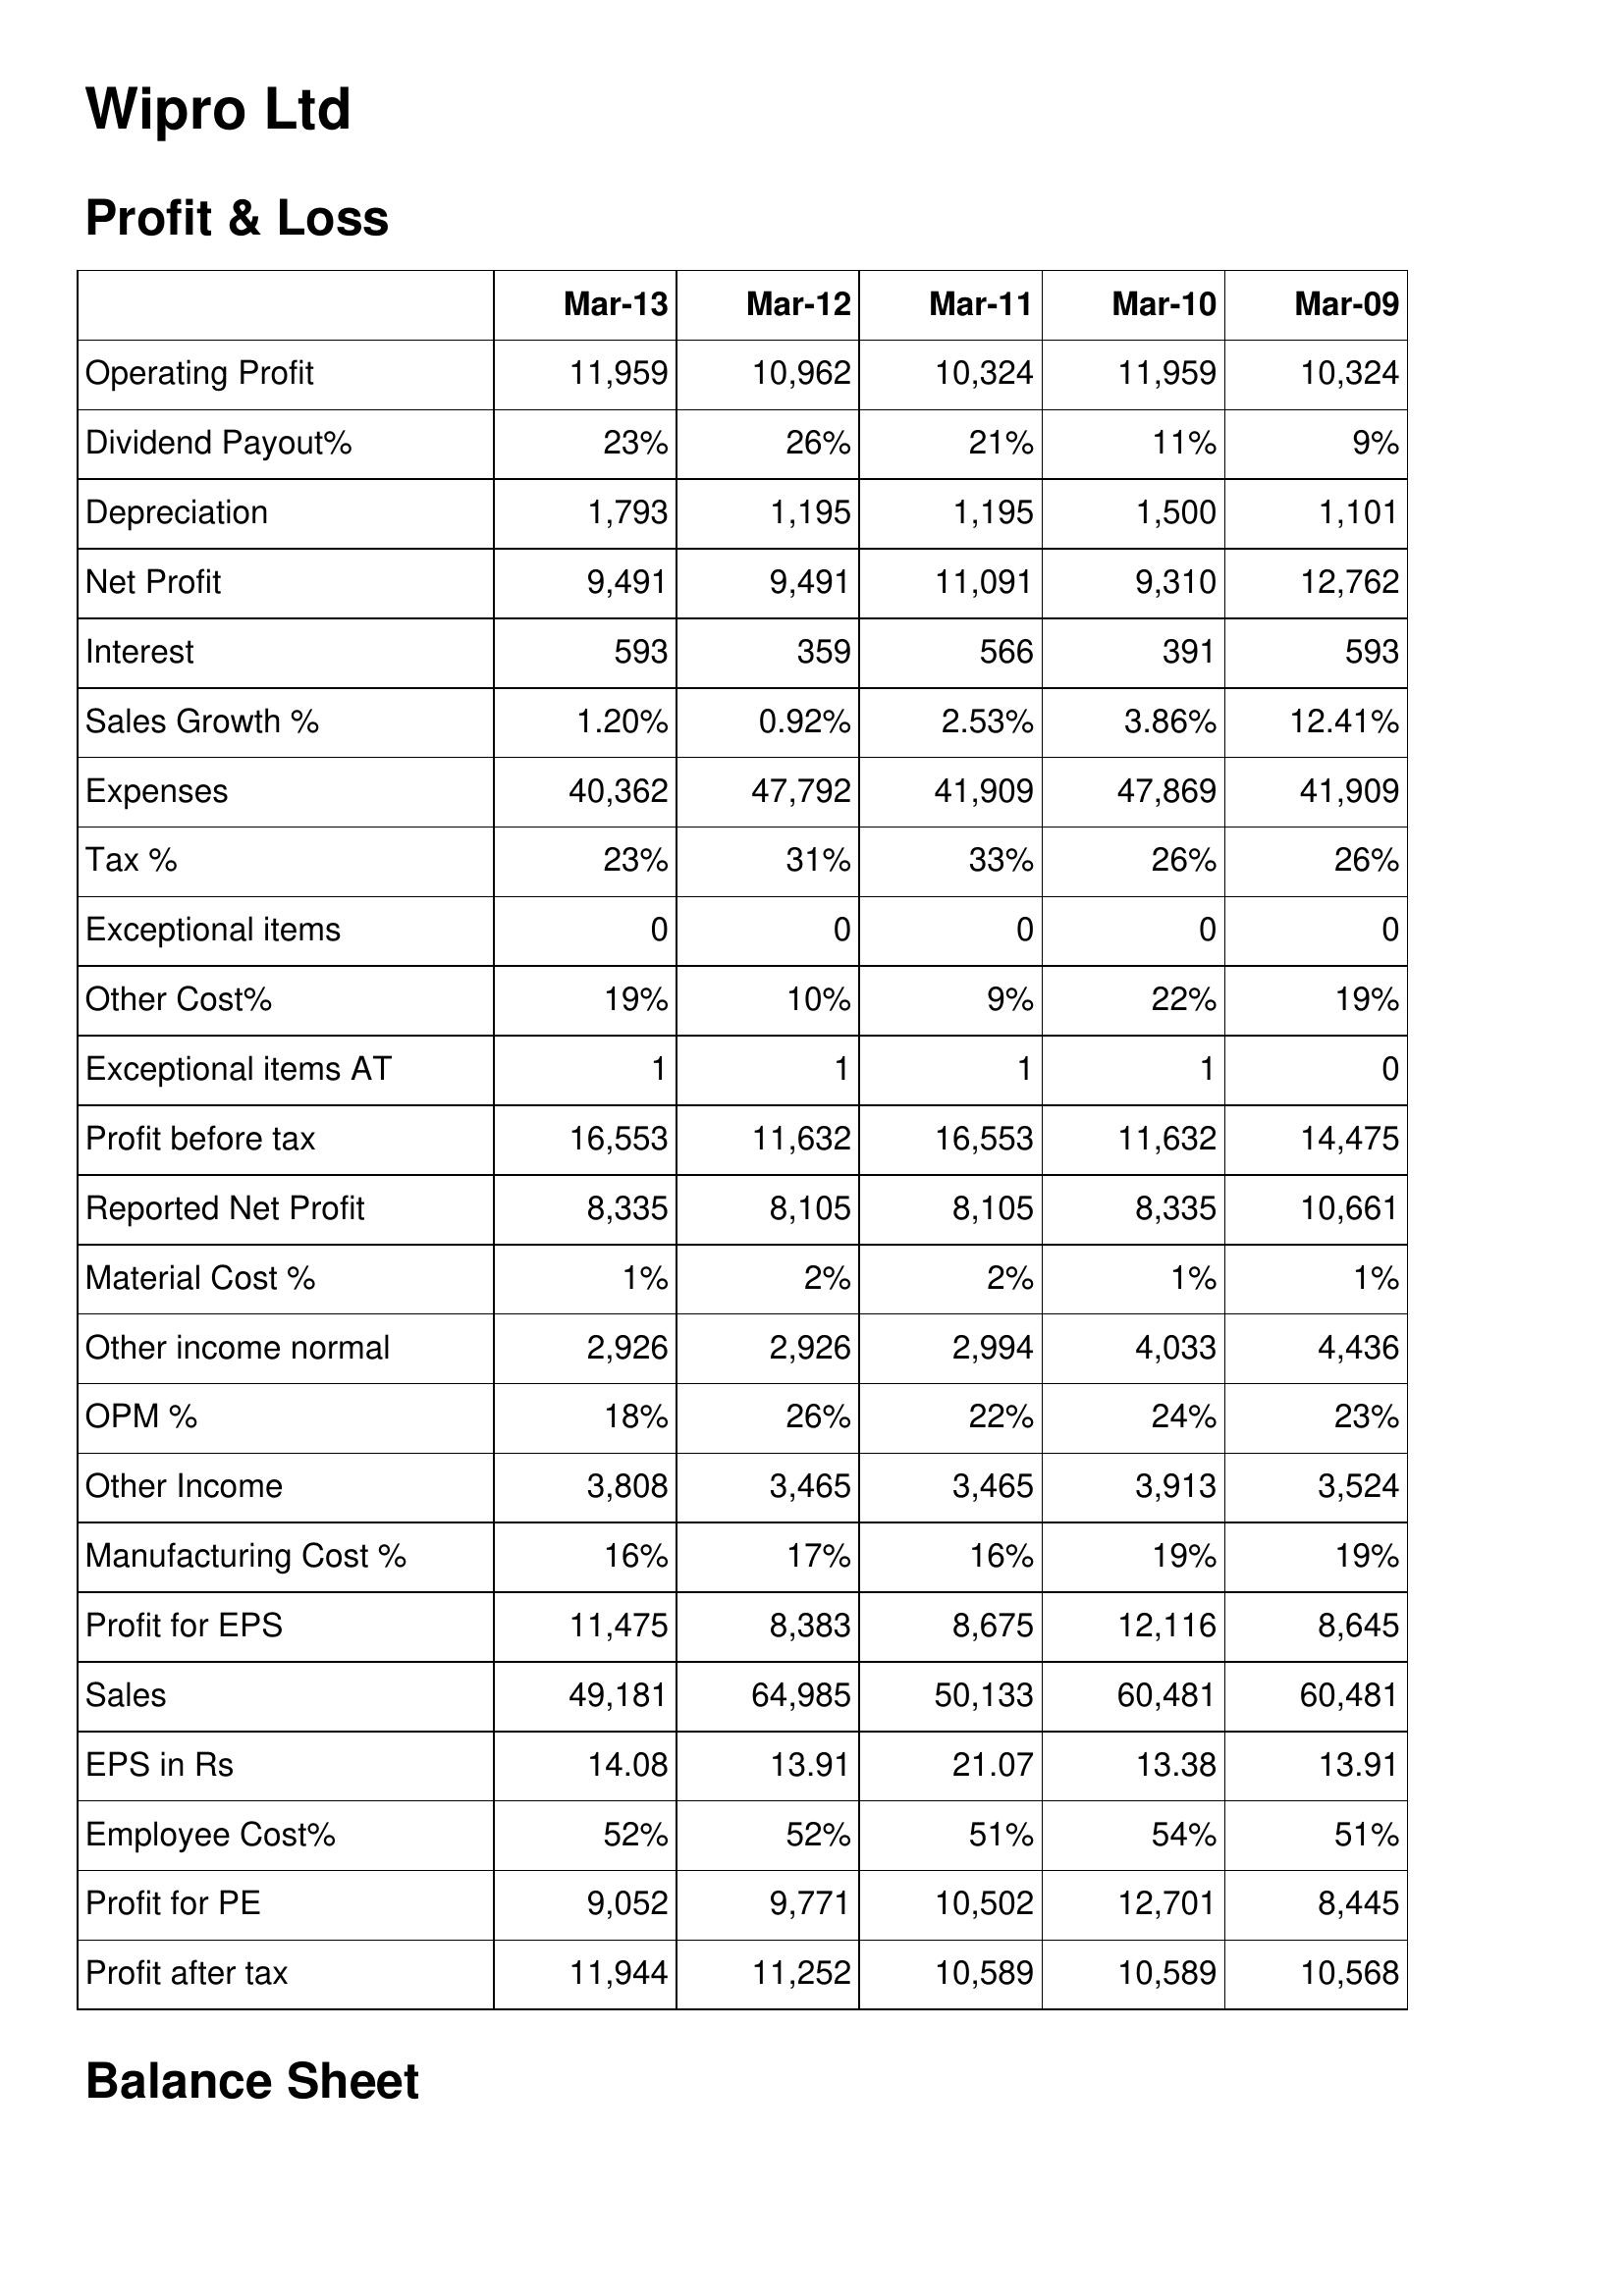
Mar-13: Profit & Loss: Operating Profit: 11,959
Dividend Payout%: 23%
Depreciation: 1,793
Net Profit: 9,491
Interest: 593
Sales Growth %: 1.20%
Expenses: 40,362
Tax %: 23%
Exceptional items: 0
Other Cost%: 19%
Exceptional items AT: 1
Profit before tax: 16,553
Reported Net Profit: 8,335
Material Cost %: 1%
Other income normal: 2,926
OPM %: 18%
Other Income: 3,808
Manufacturing Cost %: 16%
Profit for EPS: 11,475
Sales: 49,181
EPS in Rs: 14.08
Employee Cost%: 52%
Profit for PE: 9,052
Profit after tax: 11,944
Mar-12: Profit & Loss: Operating Profit: 10,962
Dividend Payout%: 26%
Depreciation: 1,195
Net Profit: 9,491
Interest: 359
Sales Growth %: 0.92%
Expenses: 47,792
Tax %: 31%
Exceptional items: 0
Other Cost%: 10%
Exceptional items AT: 1
Profit before tax: 11,632
Reported Net Profit: 8,105
Material Cost %: 2%
Other income normal: 2,926
OPM %: 26%
Other Income: 3,465
Manufacturing Cost %: 17%
Profit for EPS: 8,383
Sales: 64,985
EPS in Rs: 13.91
Employee Cost%: 52%
Profit for PE: 9,771
Profit after tax: 11,252
Mar-11: Profit & Loss: Operating Profit: 10,324
Dividend Payout%: 21%
Depreciation: 1,195
Net Profit: 11,091
Interest: 566
Sales Growth %: 2.53%
Expenses: 41,909
Tax %: 33%
Exceptional items: 0
Other Cost%: 9%
Exceptional items AT: 1
Profit before tax: 16,553
Reported Net Profit: 8,105
Material Cost %: 2%
Other income normal: 2,994
OPM %: 22%
Other Income: 3,465
Manufacturing Cost %: 16%
Profit for EPS: 8,675
Sales: 50,133
EPS in Rs: 21.07
Employee Cost%: 51%
Profit for PE: 10,502
Profit after tax: 10,589
Mar-10: Profit & Loss: Operating Profit: 11,959
Dividend Payout%: 11%
Depreciation: 1,500
Net Profit: 9,310
Interest: 391
Sales Growth %: 3.86%
Expenses: 47,869
Tax %: 26%
Exceptional items: 0
Other Cost%: 22%
Exceptional items AT: 1
Profit before tax: 11,632
Reported Net Profit: 8,335
Material Cost %: 1%
Other income normal: 4,033
OPM %: 24%
Other Income: 3,913
Manufacturing Cost %: 19%
Profit for EPS: 12,116
Sales: 60,481
EPS in Rs: 13.38
Employee Cost%: 54%
Profit for PE: 12,701
Profit after tax: 10,589
Mar-09: Profit & Loss: Operating Profit: 10,324
Dividend Payout%: 9%
Depreciation: 1,101
Net Profit: 12,762
Interest: 593
Sales Growth %: 12.41%
Expenses: 41,909
Tax %: 26%
Exceptional items: 0
Other Cost%: 19%
Exceptional items AT: 0
Profit before tax: 14,475
Reported Net Profit: 10,661
Material Cost %: 1%
Other income normal: 4,436
OPM %: 23%
Other Income: 3,524
Manufacturing Cost %: 19%
Profit for EPS: 8,645
Sales: 60,481
EPS in Rs: 13.91
Employee Cost%: 51%
Profit for PE: 8,445
Profit after tax: 10,568